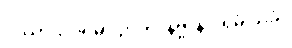
ဝိဿာသပရမာ ဉာတိ၊ နိဗ္ဗာနံ ပရမံ သုခံ။